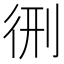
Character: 㣜